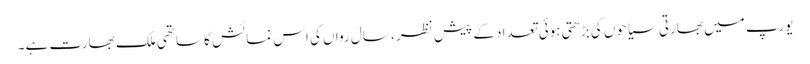
یورپ میں بھارتی سیاحوں کی بڑھتی ہوئی تعداد کے پیش نظر ، سال رواں کی اس نمائش کا ساتھی ملک بھارت ہے۔